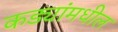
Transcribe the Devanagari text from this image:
कड्यांमधील